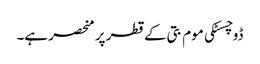
ڈوچسٹکی موم بتی کے قطر پر منحصر ہے۔